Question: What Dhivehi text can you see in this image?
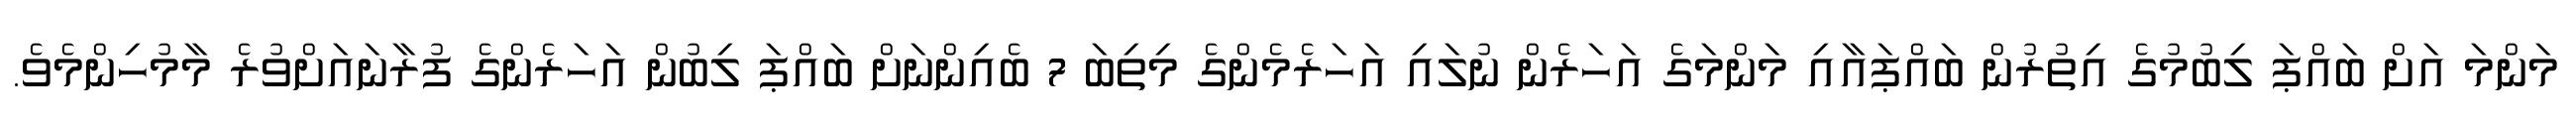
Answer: މަންމަ އަށް ބައްޕަ ލިބުމުގެ އިތުރުން ބައްޕައާއި މަންމަގެ އަހަރެން ނުލައި އަހަރެމެންގެ މިތިބަ 7 ބެއިންނަށް ބައްޕަ ލިބުން އަހަރެންގެ ފުރާނައަށްވުރެ މާމުހިންމެވެ.